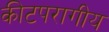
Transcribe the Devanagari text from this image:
कीटपरागीय